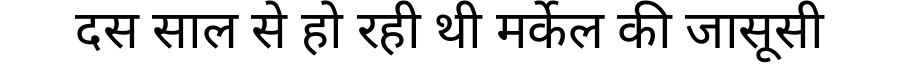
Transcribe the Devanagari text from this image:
दस साल से हो रही थी मर्केल की जासूसी